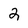
Character: 2